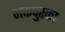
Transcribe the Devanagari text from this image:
भक्तपुरका